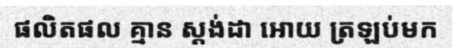
ផលិតផល គ្មាន ស្តង់ដា អោយ ត្រឡប់មក